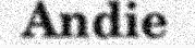
Andie